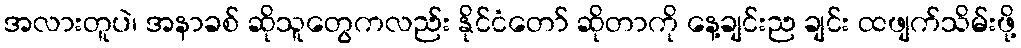
အလားတူပဲ၊ အနာခစ် ဆိုသူတွေကလည်း နိုင်ငံတော် ဆိုတာကို နေ့ချင်းည ချင်း ထဖျက်သိမ်းဖို့